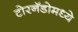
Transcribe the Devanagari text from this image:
टोरनॅडोमध्ये